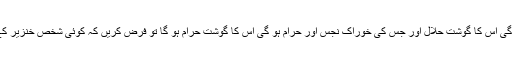
اگر حرام اور حلال ہونے کی علت جانور کے کھانے یعنی خوراک کو تسلیم کر لیں کہ جس کی خوراک پاک ہوگی اس کا گوشت حلال اور جس کی خوراک نجس اور حرام ہو گی اس کا گوشت حرام ہو گا تو فرض کریں کہ کوئی شخص خنزیر کے بچے کو پیدائش ہی سے گھر میں پالتا ہے اسے حلال اور پاک غذا مہیا کرتا ہے تو کیا وہ حلال ہو جائے گا؟